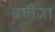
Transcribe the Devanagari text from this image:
बथीजा